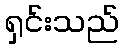
ရှင်းသည်